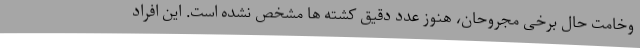
وخامت حال برخی مجروحان، هنوز عدد دقیق کشته ها مشخص نشده است. این افراد